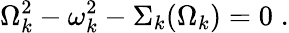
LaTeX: \Omega_{k}^{2}-\omega_{k}^{2}-\Sigma_{k}(\Omega_{k})=0\; .